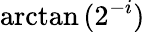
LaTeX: \arctan{(2^{-i})}